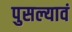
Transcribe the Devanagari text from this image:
पुसल्यावं